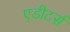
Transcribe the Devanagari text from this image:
एडीटर्स